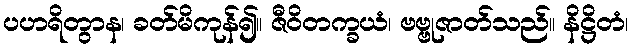
ပဟရိတွာန၊ ခတ်မိကုန်၍။ ဇီဝိတက္ခယံ၊ ဗဗ္ဗုဇာတ်သည်။ နိဋ္ဌိတံ၊